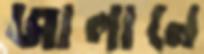
জালানে